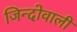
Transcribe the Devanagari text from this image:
जिन्दोवाली